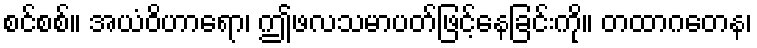
စင်စစ်။ အယံဝိဟာရော၊ ဤဖလသမာပတ်ဖြင့်နေခြင်းကို။ တထာဂတေန၊